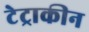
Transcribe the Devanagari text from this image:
टेट्राकीन